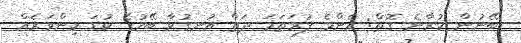
ބޭނުން ކުރާނެ ގޮތް: އެންމެ ފުރަތަމަ ދަތް އުނގުޅާ ބޭހުގެ ކުޑަ މިންވަރެއް